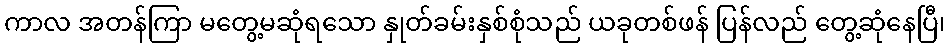
ကာလ အတန်ကြာ မတွေ့မဆုံရသော နှုတ်ခမ်းနှစ်စုံသည် ယခုတစ်ဖန် ပြန်လည် တွေ့ဆုံနေပြီ၊